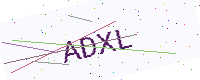
Text: ADXL